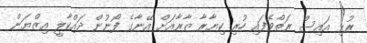
ރުޅި އައިސް ރަތްވެފައި ހުރި ކިޔާރާ ޒާރާއަށް އޭނާގެ ފޯނުން ދައްކާލީ އިޒްޔަން